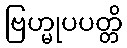
ဗြဟ္မုပပတ္တိ